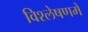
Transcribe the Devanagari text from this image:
विश्लेषणमें